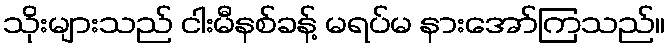
သိုးများသည် ငါးမီနစ်ခန့် မရပ်မ နားအော်ကြသည်။